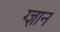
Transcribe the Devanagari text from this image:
ग्ज्ञान